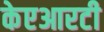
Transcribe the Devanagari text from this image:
केएआरटी